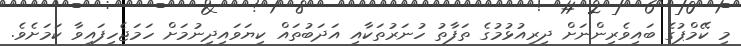
މި ކޭމްޕުގެ ބައިވެރިންނަށް ދިރިއުޅުމުގެ ތަފާތު ހުނަރުތަކާއި އަދަބުތައް ކިޔަވައިދިނުމަށް ހަމަޖެހިފައިވާ ކަމަށެވެ.